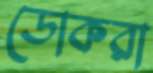
ডোকরা